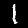
Label: 1